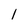
Character: 1